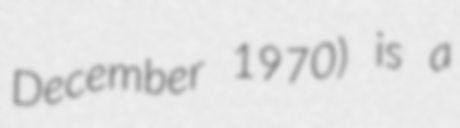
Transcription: December 1970) is a